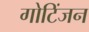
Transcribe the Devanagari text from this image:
गोटिंजन